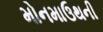
મોનમાઉથની